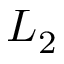
L _ { 2 }